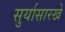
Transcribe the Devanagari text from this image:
सुर्यासारखे